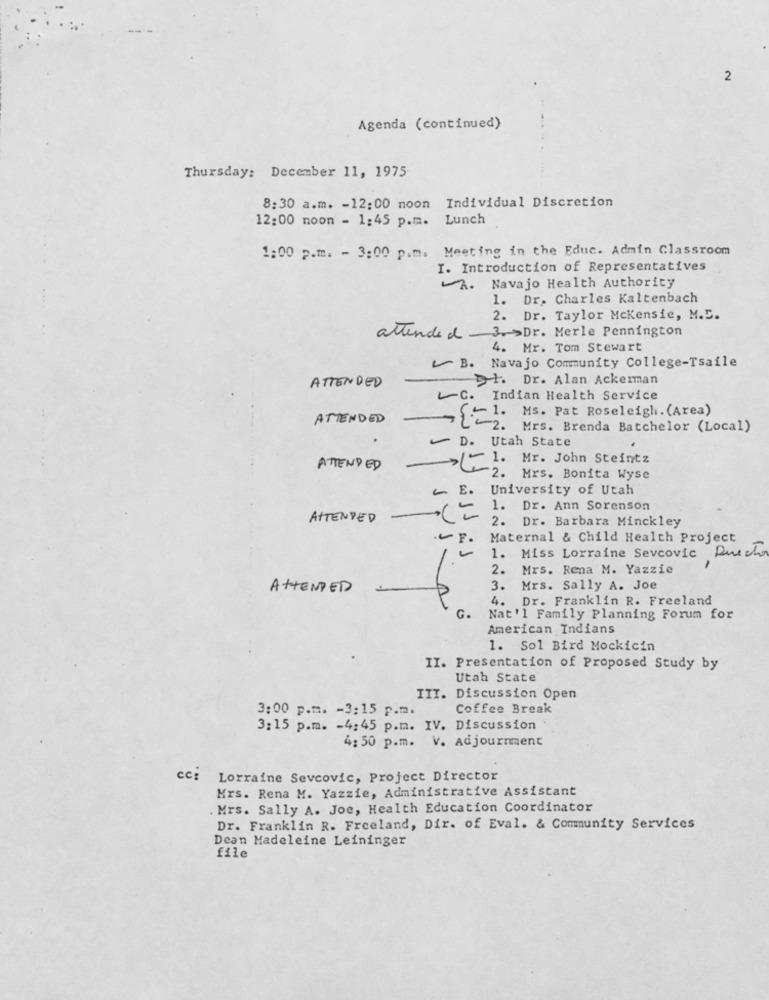
2
Agenda (continued)
Thursday: December 11, 1975
8:30 a.m. - 12:00 noon Individual Discretion
12:00 noon - 1:45 p.m. Lunch
1:00 p.m. - 3:00 p.m. Meeting in the Educ. Admin Classroom
I. Introduction of Representatives
A. Navajo Health Authority
1. Dr. Charles Kaltenbach
2. Dr. Taylor Mckensie, M.D.
attended - 3>Dr. Merle Pennington
4. Mr. Tom Stewart
B. Navajo Community College-Tsaile
1. Dr. Alan Ackerman
ATTENDED
~C. Indian Health Service
1. MS. Pat Roseleigh. (Area)
ATTENDED
i~2. Mrs. Brenda Batchelor (Local)
D. Utah State
- 1. Mr. John Steintz
ATTENDED
42. Mrs. Bonita Wyse
~ E. University of Utah
1. Dr. Ann Sorenson
ATTENDED
2. Dr. Barbara Minckley
.F. Maternal & Child Health Project
1.
Miss Lorraine Sevcovic Durch
2. Mrs. Rena M. Yazzie
ATTENDED
3. Mrs. Sally A. Joe
4. Dr. Franklin R. Freeland
G.
Nat'l Family Planning Forum for
American Indians
1. Sol Bird Mockicin
II. Presentation of Proposed Study by
Utah State
III. Discussion Open
3:00 p.m. - 3:15 p.m.
Coffee Break
3:15 p.m. - 4:45 p.m. IV. Discussion
4: 50 p.m. V. Adjournment
CC:
Lorraine Sevcovic, Project Director
Mrs. Rena M. Yazzie, Administrative Assistant
. Mrs. Sally A. Joe, Health Education Coordinator
Dr. Franklin R. Freeland, Dir. of Eval. & Community Services
Dean Madeleine Leininger
file